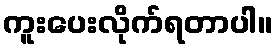
ကူးပေးလိုက်ရတာပါ။